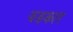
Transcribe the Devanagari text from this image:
झङकार